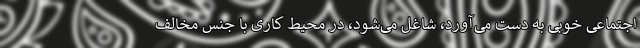
اجتماعی خوبی به دست می‌آورد، شاغل می‌شود، در محیط کاری با جنس مخالف